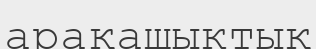
арақашыктық